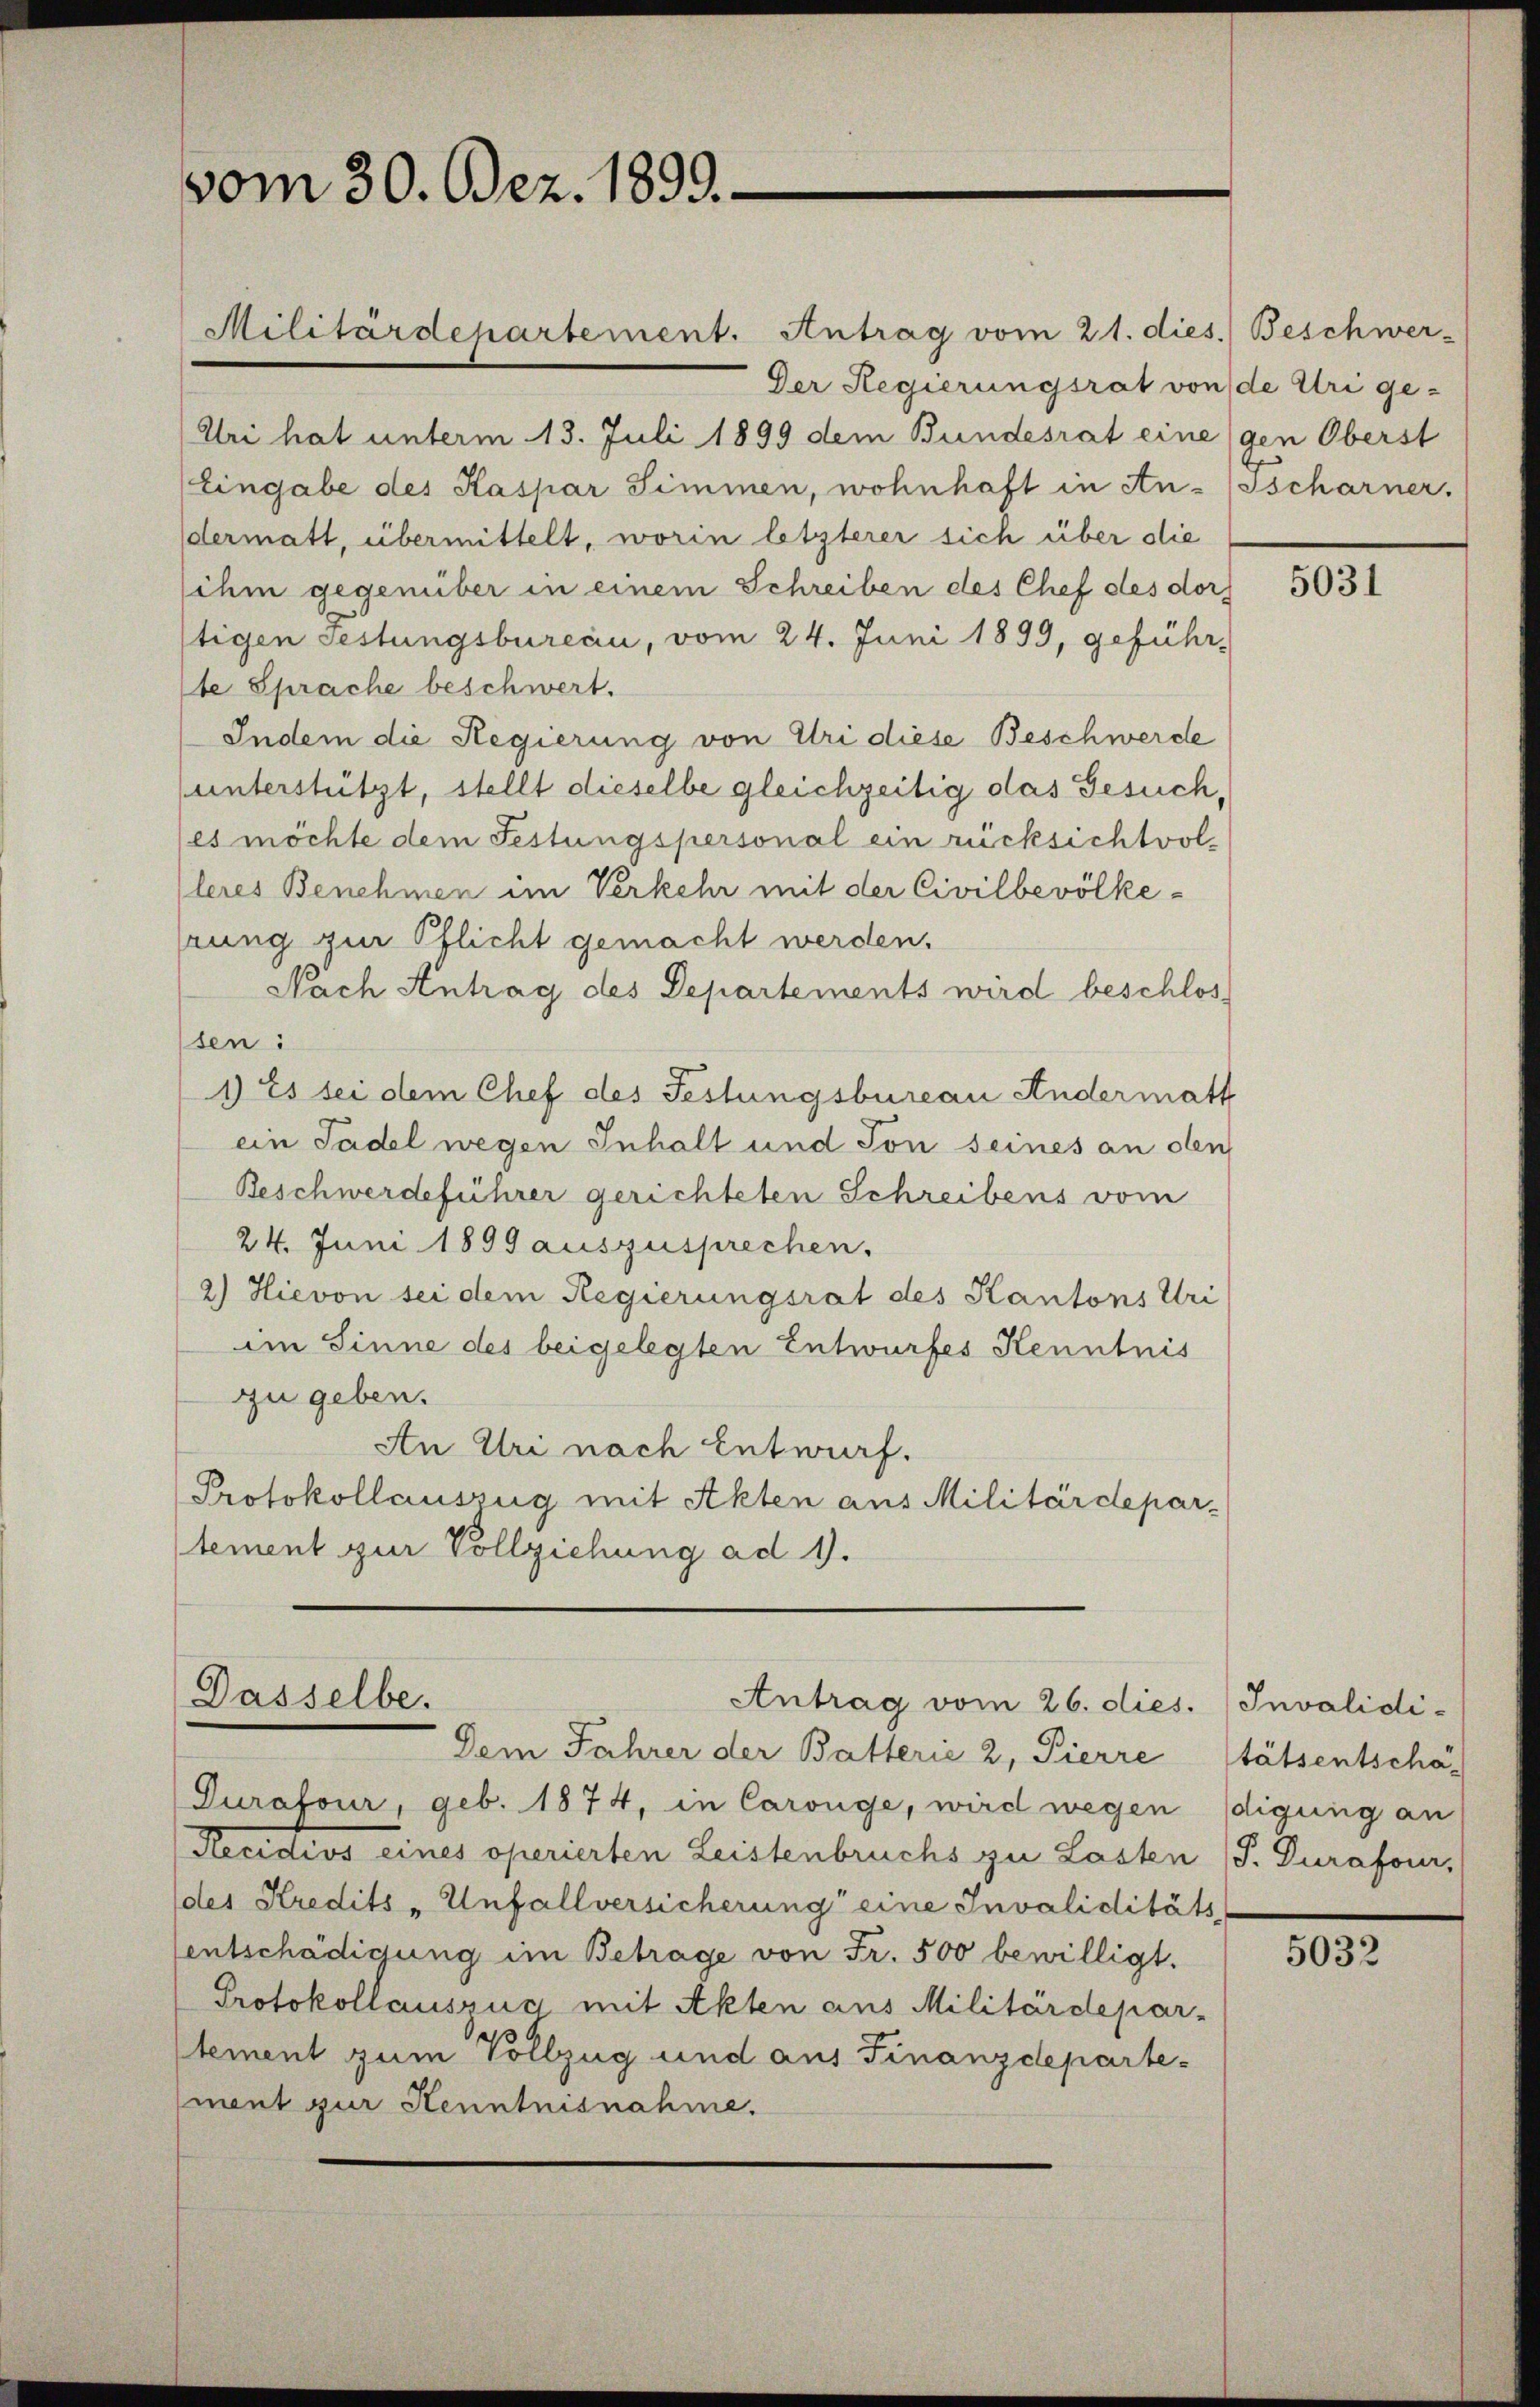
vom 30. Dez. 1899.

Militärdepartement. Antrag vom 21. dies.) Beschwer-
Der Regierungsrat von de Uri ge¬
Uri hat unterm 13. Juli 1899 dem Bundesrat eine gen Oberst
Eingabe des Kaspar Simmen, wohnhaft in An- (sscharner,
dermatt, übermittelt, worin letzterer sich über die
sihm gegenüber in einem Schreiben des Chef des dor
tigen Festungsbureau, vom 24. Juni 1899, geführ-
te Sprache beschwert.
Indem die Regierung von Uri diese Beschwerde
unterstützt, stellt dieselbe gleichzeitig das Gesuch,
es möchte dem Festungspersonal ein rücksichtvolleres Benehmen im Verkehr mit der Civilbevölkeprung zur Pflicht gemacht werden.
Nach Antrag des Departements wird beschlos
sen:
1) Es sei dem Chef des Festungsbureau Andermatt
ein Tadel wegen Inhalt und Son seines an den
Beschwerdeführer gerichteten Schreibens vom
24. Juni 1899 auszusprechen.
2) Hievon sei dem Regierungsrat des Kantons Uri
im Sinne des beigelegten Entwurfes Kenntnis
zu geben.
An Uri nach Entwurf.
Protokollauszug mit Akten aus Militärdepar-
tement zur Vollziehung ad 1.

Dasselbe.
Antrag vom 26. dies. Invalidi-
Dem Jahrer der Batterie 2, Pierre Stätsentschä-

Durafour, geb. 1874, in Carouge, wird wegendigung an
Recidivs eines operierten Leistenbruchs zu Lasten (S. Durafour,
des Kredits - Unfallversicherung eine Invaliditäts-
sentschädigung im Betrage von Fr. 500 bewilligt.
Protokollauszug mit Akten aus Militärdepar-
d
stement zum Vollzug und aus Finanzdepartement zur Kenntnisnahme.

5031

5032